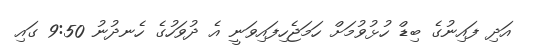
އަދި ފައިނުގެ ބިޑް ހުޅުވުމަށް ހަމަޖެހިފައިވަނީ އެ ދުވަހުގެ ހެނދުނު 9:50 ގައި